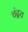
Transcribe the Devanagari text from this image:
चंद्रच